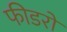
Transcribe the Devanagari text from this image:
फीडरों